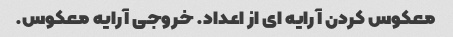
معکوس کردن آرایه ای از اعداد. خروجی آرایه معکوس.